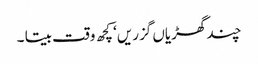
چند گھڑیاں گزریں‘ کچھ وقت بیتا ۔